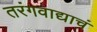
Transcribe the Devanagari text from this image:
तरंगवाद्याचं